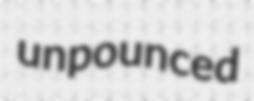
unpounced